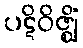
ပဋိဝိဇ္ဈိံ